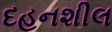
દહનશીલ